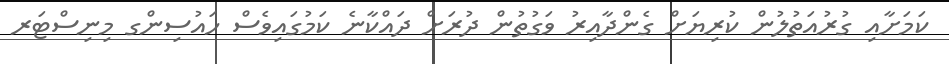
ކަމަށާއި ގުރުއަތުލުން ކުރިޔަށް ގެންދާއިރު ވަގުތުން ދުރަށް ދައްކާނެ ކަމުގައިވެސް ހައުސިންގ މިނިސްޓަރ